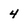
Character: 4